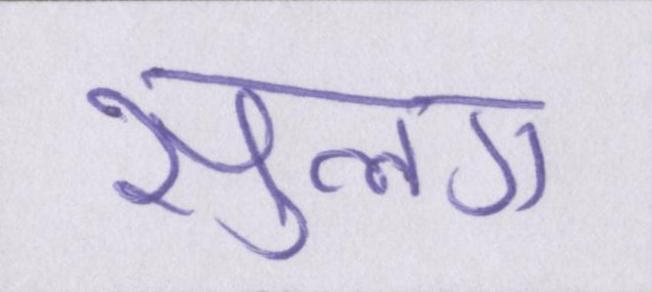
सुलग